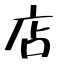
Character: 店